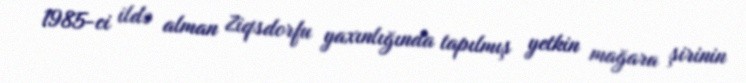
1985-ci ildə alman Ziqsdorfu yaxınlığında tapılmış yetkin mağara şirinin